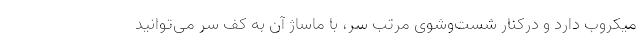
میکروب دارد و درکنار شست­وشوی مرتب سر، با ماساژ آن به کف سر می­توانید